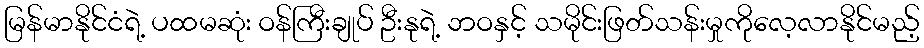
မြန်မာနိုင်ငံရဲ့ ပထမဆုံး ဝန်ကြီးချုပ် ဦးနုရဲ့ ဘဝနှင့် သမိုင်းဖြတ်သန်းမှုကိုလေ့လာနိုင်မည့်